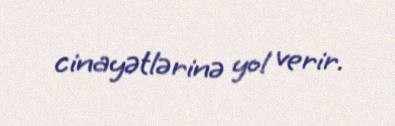
cinayətlərinə yol verir.